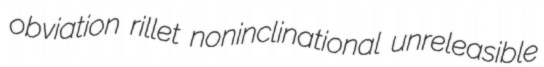
obviation rillet noninclinational unreleasible